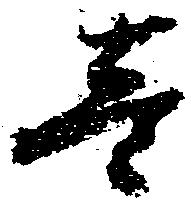
壱